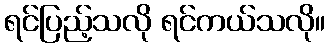
ရင်ပြည့်သလို ရင်ကယ်သလို။